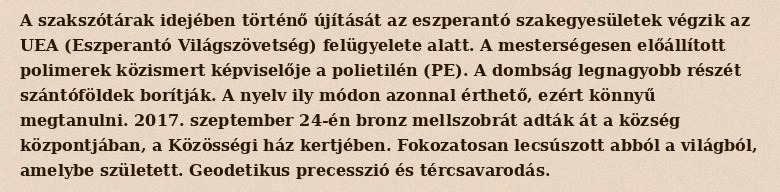
A szakszótárak idejében történő újítását az eszperantó szakegyesületek végzik az UEA (Eszperantó Világszövetség) felügyelete alatt. A mesterségesen előállított polimerek közismert képviselője a polietilén (PE). A dombság legnagyobb részét szántóföldek borítják. A nyelv ily módon azonnal érthető, ezért könnyű megtanulni. 2017. szeptember 24-én bronz mellszobrát adták át a község központjában, a Közösségi ház kertjében. Fokozatosan lecsúszott abból a világból, amelybe született. Geodetikus precesszió és tércsavarodás.